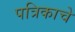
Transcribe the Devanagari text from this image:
पत्रिकाचे